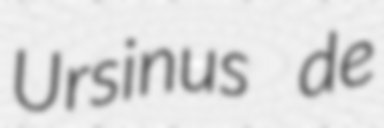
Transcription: Ursinus de